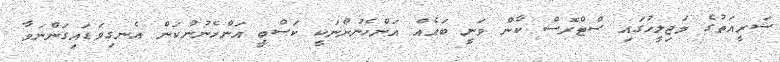
ޝަރީއަތުގެ މަޖިލީހުގައި ސްޓްރޮސް ކާން ވަނީ ބައެއް އަންހެނުންނަކީ ކަސްބީ އަންހެނުންކަން އެނގިވަޑައިގަންނަވާ